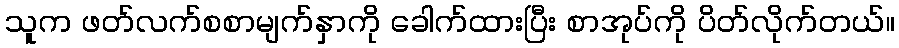
သူက ဖတ်လက်စစာမျက်နှာကို ခေါက်ထားပြီး စာအုပ်ကို ပိတ်လိုက်တယ်။